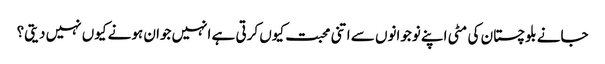
جانے بلوچستان کی مٹی اپنے نوجوانوں سے اتنی محبت کیوں کرتی ہے انہیں جوان ہونے کیوں نہیں دیتی؟